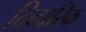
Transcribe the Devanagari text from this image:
दिनारिक